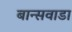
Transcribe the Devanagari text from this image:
बान्सवाडा